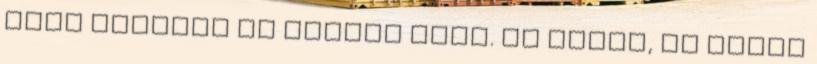
hogy belefér az összes futó. Jó lenne, ha olyan